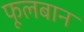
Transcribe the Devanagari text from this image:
फूलबान